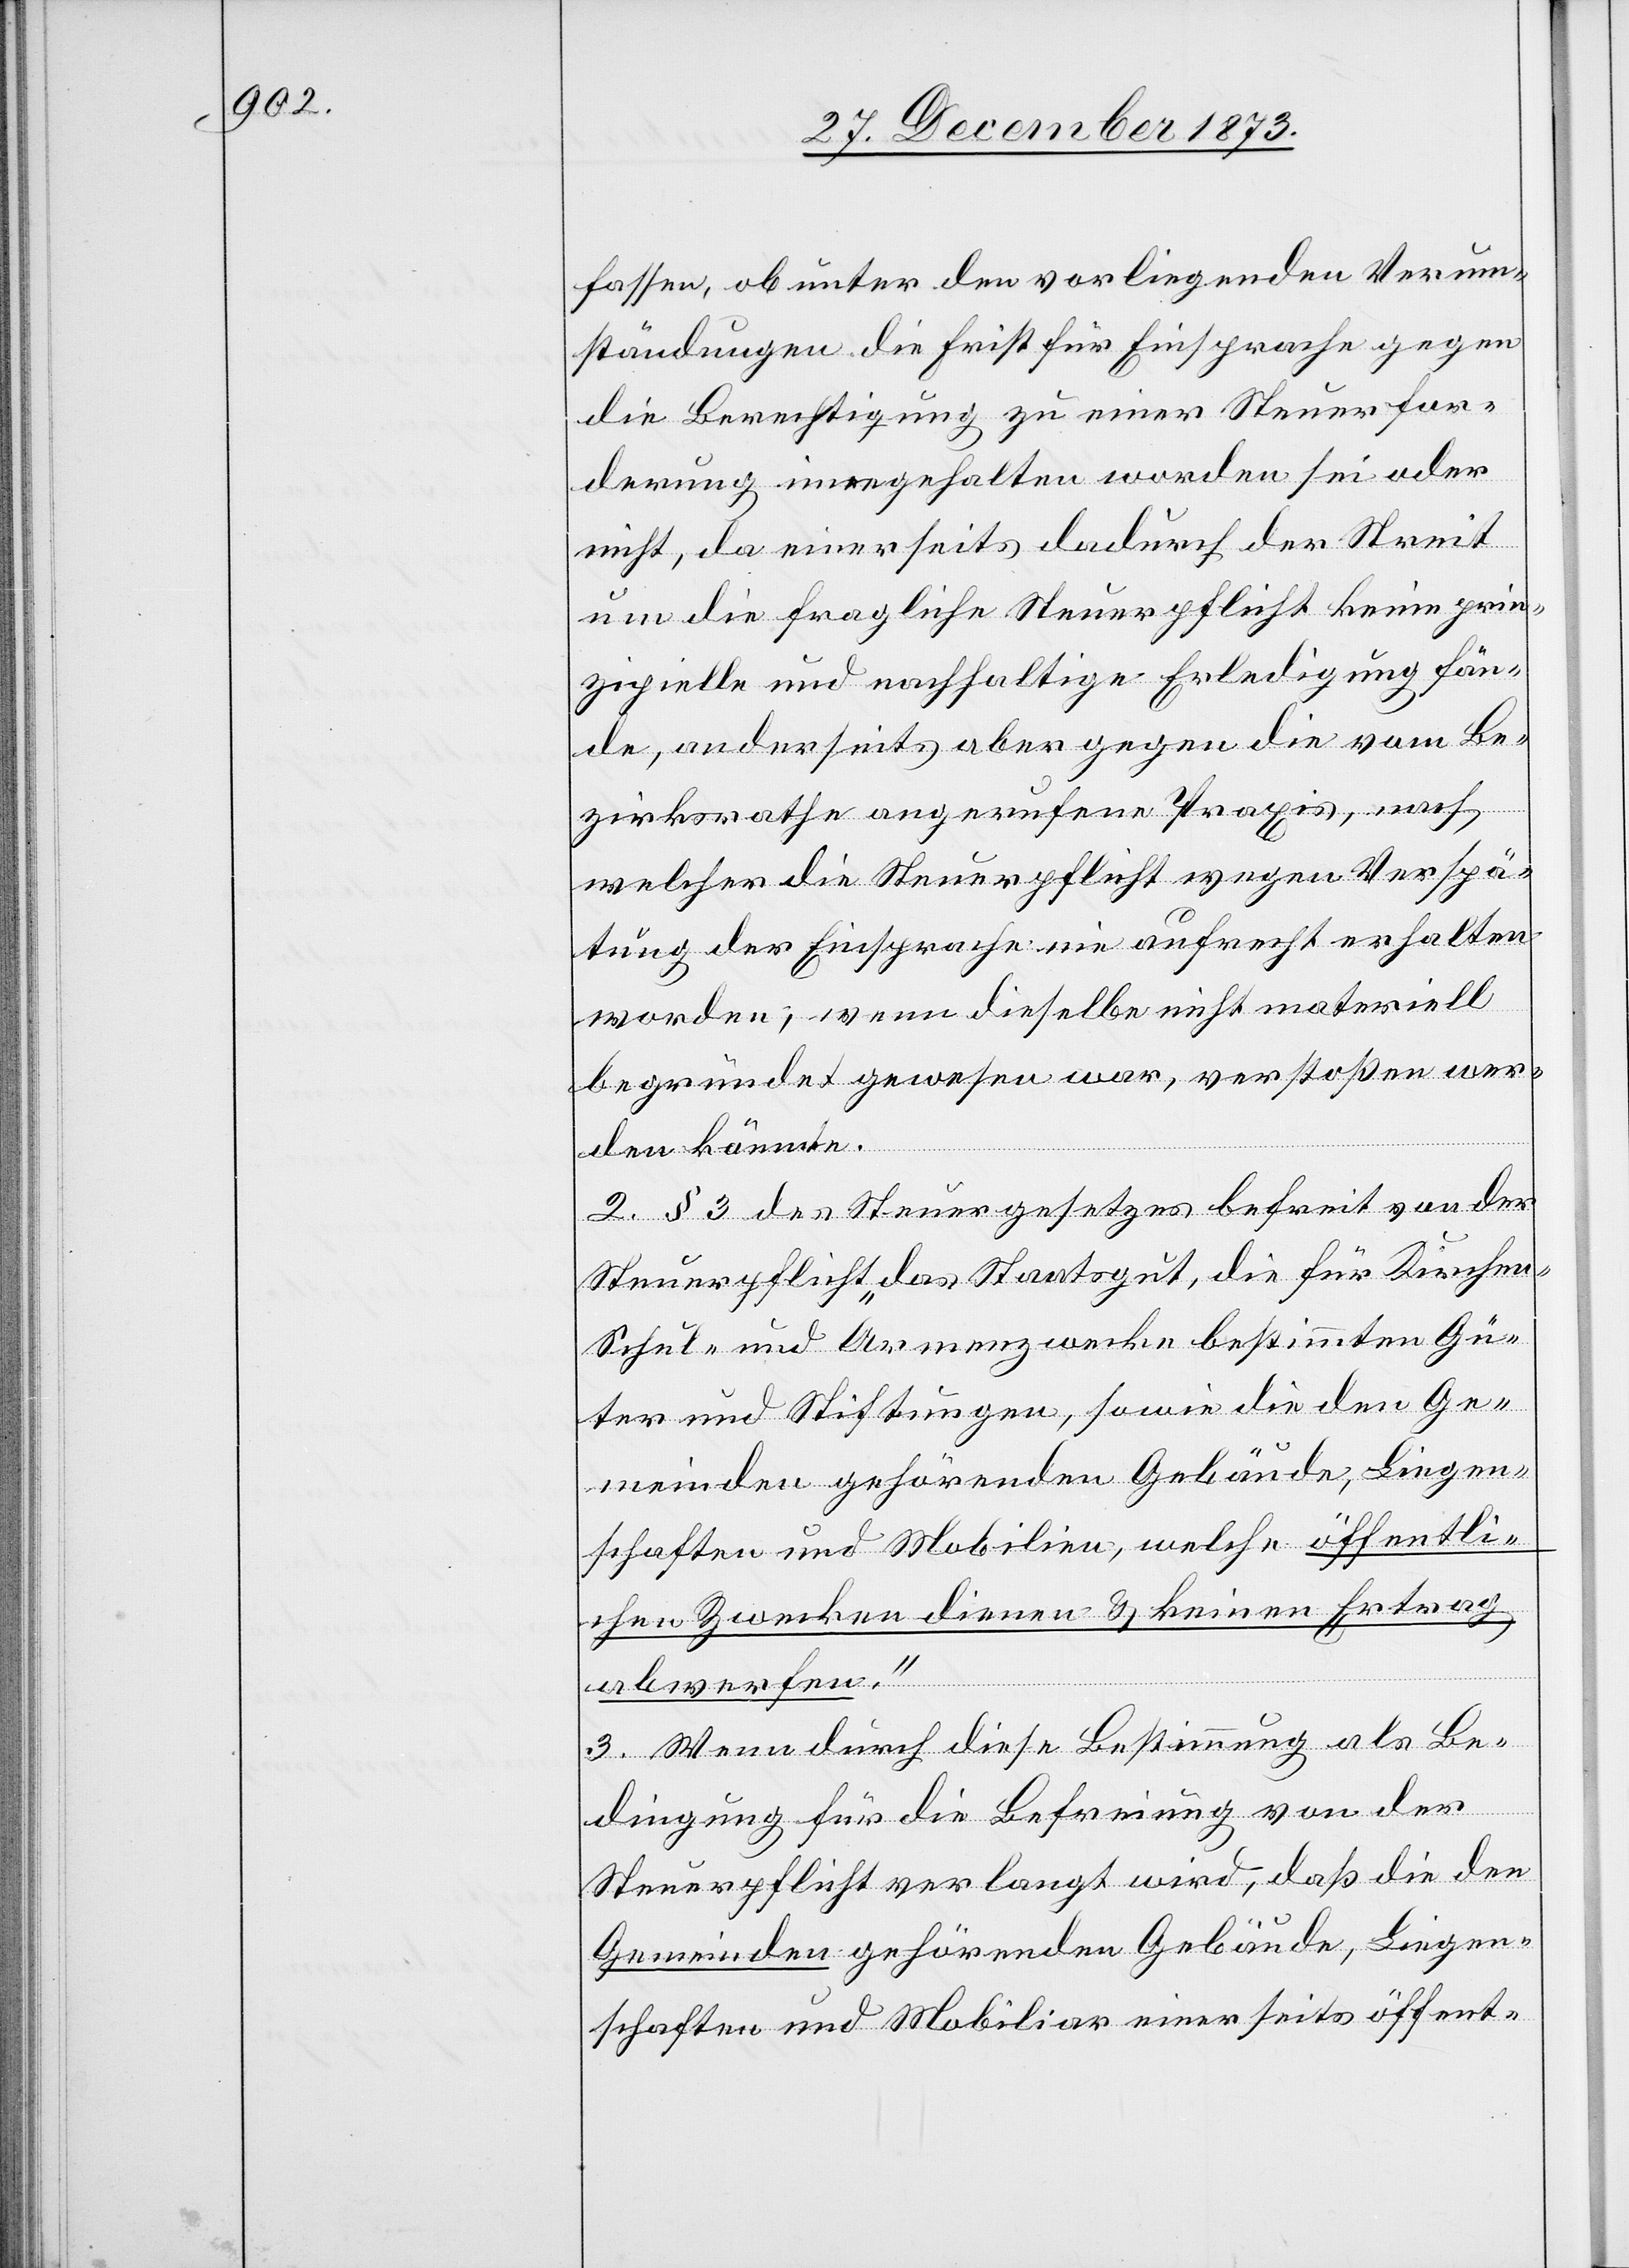
fassen, ob unter den vorliegenden Verum¬
ständungen die Frist für Einsprache gegen
die Berechtigung zu einer Steuerfor¬
derung innegehalten worden sei oder
nicht, da einerseits dadurch der Streit
um die fragliche Steuerpflicht keine prin¬
zipielle und nachhaltige Erledigung fän¬
de, anderseits aber gegen die vom Be¬
zirksrathe angerufene Praxis, nach
welcher die Steuerpflicht wegen Verspä¬
tung der Einsprache nie aufrecht erhalten
worden, wenn dieselbe nicht materiell
begründet gewesen war, verstoßen wer¬
den könnte.
2. § 3 des Steuergesetzes befreit von der
Steuerpflicht „das Staatsgut, die für Kirchen-
Schul- und Armenzwecke bestimmten Gü¬
ter und Stiftungen, sowie die den Ge¬
meinden gehörenden Gebäude, Liegen¬
schaften und Mobilien, welche öffentli¬
chen Zwecken dienen & keinen Ertrag
abwerfen.“
3. Wenn durch diese Bestimmung als Be¬
dingung für die Befreiung von der
Steuerpflicht verlangt wird, daß die den
Gemeinden gehörenden Gebäude, Liegen¬
schaften und Mobiliar einerseits öffent-